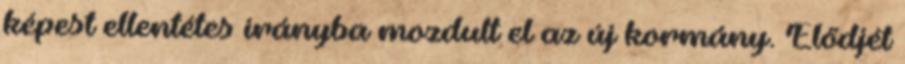
képest ellentétes irányba mozdult el az új kormány. Elődjét